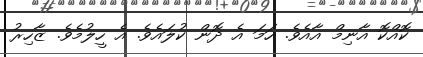
ކޮއްކޮ އާނިމް އާއެވެ. ހަމަ އެ ދޮން ކުލައެވެ. އެ ހީލުމެވެ. ޒާހިރު